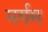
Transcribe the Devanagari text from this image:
मर्यम